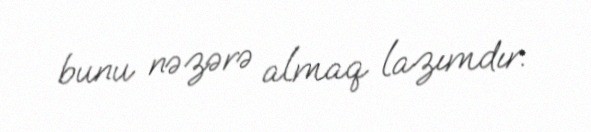
bunu nəzərə almaq lazımdır.